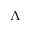
\Lambda